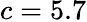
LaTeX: c=5.7